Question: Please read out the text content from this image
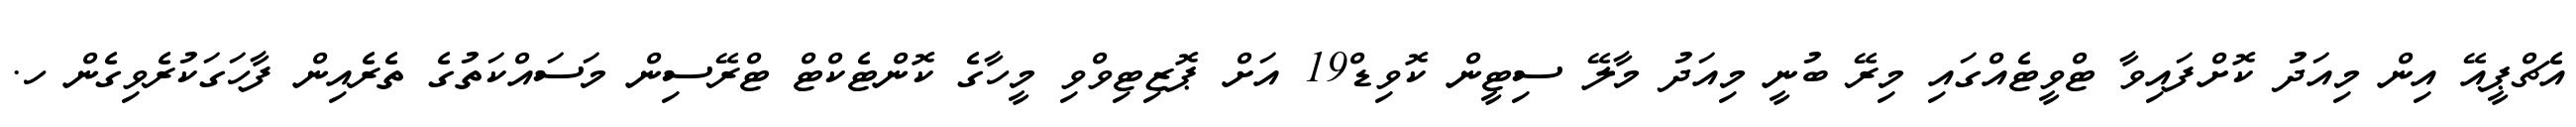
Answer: އެޗްޕީއޭ އިން މިއަދު ކޮށްފައިވާ ޓްވީޓެއްގައި މިރޭ ބުނީ މިއަދު މާލޭ ސިޓީން ކޮވިޑް19 އަށް ޕޮޒިޓިވްވި މީހާގެ ކޮންޓެކްޓް ޓްރޭސިން މަސައްކަތުގެ ތެރެއިން ފާހަގަކުރެވިގެން ހ.